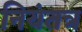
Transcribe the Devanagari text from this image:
नियंतत्र